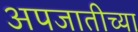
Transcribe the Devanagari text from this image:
अपजातीच्या